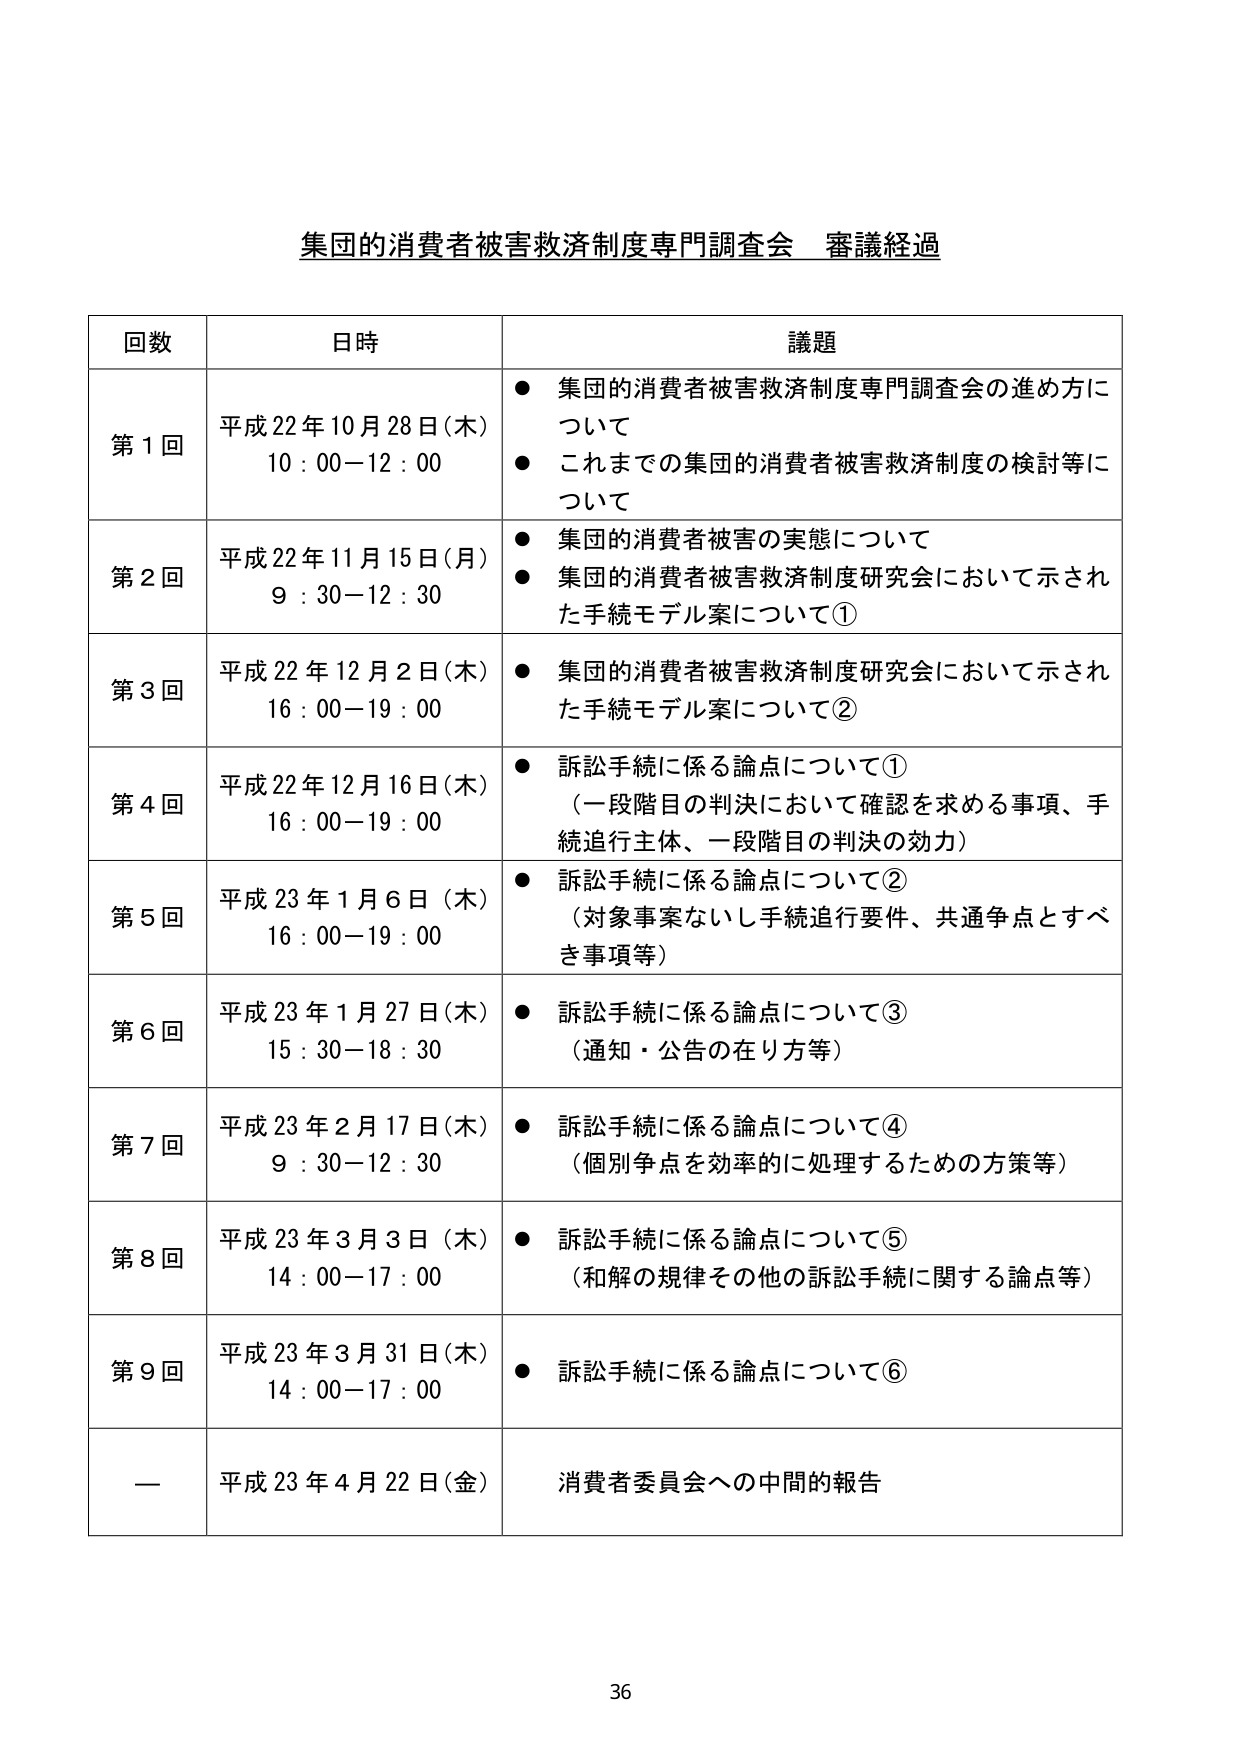
集団的消費者被害救済制度専門調査会 審議経過

回数 日時 議題
第1回 平成22年10月28日(木) 10:00-12:00 ● 集団的消費者被害救済制度専門調査会の進め方について ● これまでの集団的消費者被害救済制度の検討等について
第2回 平成22年11月15日(月) 9:30-12:30 ● 集団的消費者被害の実態について ● 集団的消費者被害救済制度研究会において示された手続モデル案について①
第3回 平成22年12月2日(木) 16:00-19:00 ● 集団的消費者被害救済制度研究会において示された手続モデル案について②
第4回 平成22年12月16日(木) 16:00-19:00 ● 訴訟手続に係る論点について① （一段階目の判決において確認を求める事項、手続追行主体、一段階目の判決の効力）
第5回 平成23年1月6日(木) 16:00-19:00 ● 訴訟手続に係る論点について② （対象事案ないし手続追行要件、共通争点とすべき事項等）
第6回 平成23年1月27日(木) 15:30-18:30 ● 訴訟手続に係る論点について③ （通知・公告の在り方等）
第7回 平成23年2月17日(木) 9:30-12:30 ● 訴訟手続に係る論点について④ （個別争点を効率的に処理するための方策等）
第8回 平成23年3月3日(木) 14:00-17:00 ● 訴訟手続に係る論点について⑤ （和解の規律その他の訴訟手続に関する論点等）
第9回 平成23年3月31日(木) 14:00-17:00 ● 訴訟手続に係る論点について⑥
— 平成23年4月22日(金) 消費者委員会への中間的報告

36